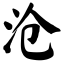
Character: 沧